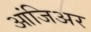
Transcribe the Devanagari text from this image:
आंजिअर